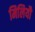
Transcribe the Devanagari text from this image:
मिलियौ